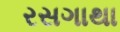
રસગાથા